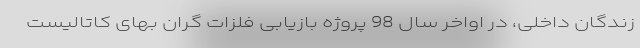
زندگان داخلی، در اواخر سال 98 پروژه بازیابی فلزات گران بهای کاتالیست